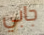
جابي